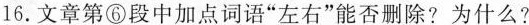
16.文章第⑥段中加点词语”左右”能否删除?为什么?